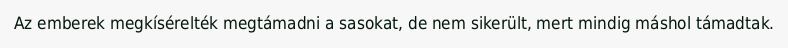
Az emberek megkísérelték megtámadni a sasokat, de nem sikerült, mert mindig máshol támadtak.